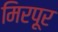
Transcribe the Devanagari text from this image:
मिरपूर